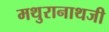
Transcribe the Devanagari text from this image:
मथुरानाथजी